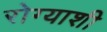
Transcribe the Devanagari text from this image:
रोग्याशी